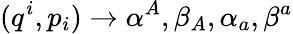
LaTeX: (q^{i},p_{i})\rightarrow\alpha^{A},\beta_{A},\alpha_{a},\beta^{a}